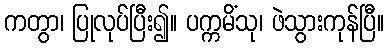
ကတွာ၊ ပြုလုပ်ပြီး၍။ ပက္ကမိံသု၊ ဖဲသွားကုန်ပြီ။